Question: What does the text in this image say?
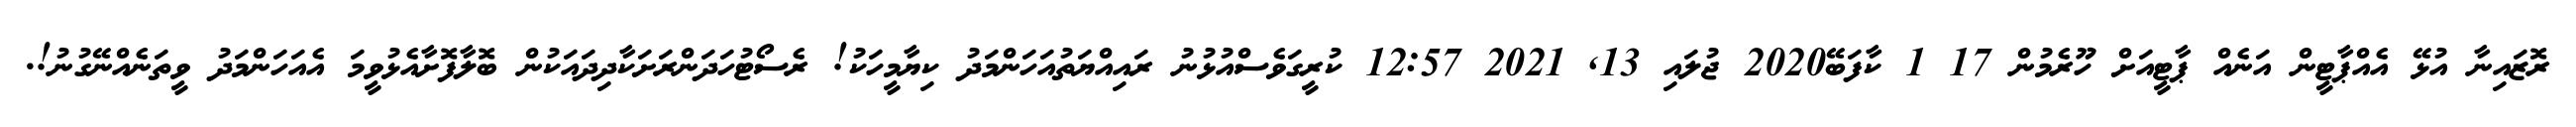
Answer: ރޮޒައިނާ އުޅޭ އެއްޕާޓީން އަނެއް ޕާޓީއަށް ހޫރެމުން 17 1 ކާފަބޭ2020 ޖުލައި 13, 2021 12:57 ކުރީގަވެސްއުޅުނު ރައިއްޔަތުއަހަންމަދު ކިޔާމީހަކު! ރެސޯޓުހަދަންރަށަކާދިދައަކުން ބޮލާފޮށާއެޅުވީމަ އެއަހަންމަދު ވީތަނެއްނޭގުނު!.